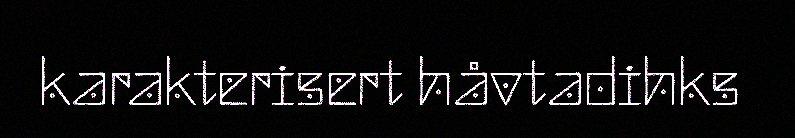
karakterisert håvtadihks